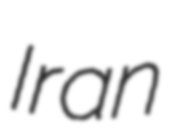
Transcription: Iran